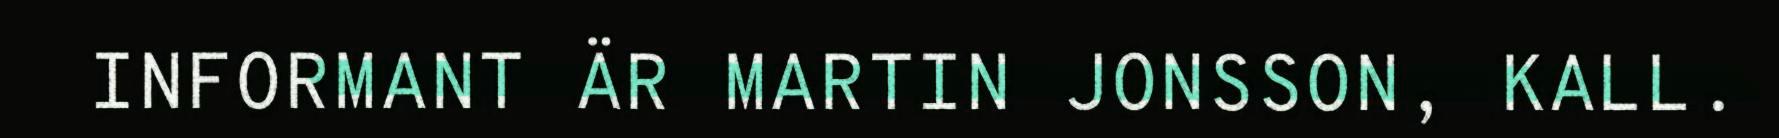
INFORMANT ÄR MARTIN JONSSON, KALL.